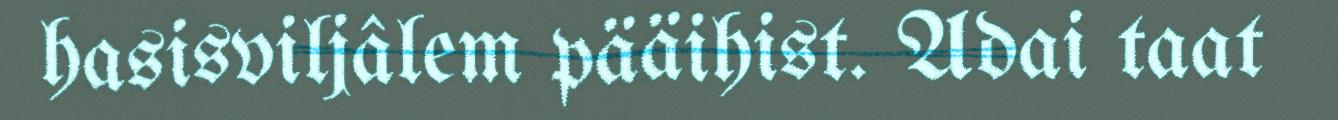
hasisviljâlem pääihist. Adai taat